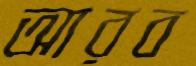
আরব